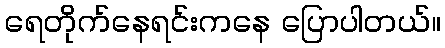
ရေတိုက်နေရင်းကနေ ပြောပါတယ်။